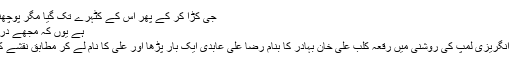
جی کڑا کر کے پھر اُس کے کٹہرے تک گیا مگر پُوچھنے کا یارا نہ ہوا:
ہے یوں کہ مجھے دُردِ تہِ جام بہت ہے
باہر نکل کر ایک انگریزی لمپ کی روشنی میں رقعہ کلبِ علی خان بہادر کا بنام رضا علی عابدی ایک بار پڑھا اور علی کا نام لے کر مطابق نقشے کے عازمِ سفر ہوا۔